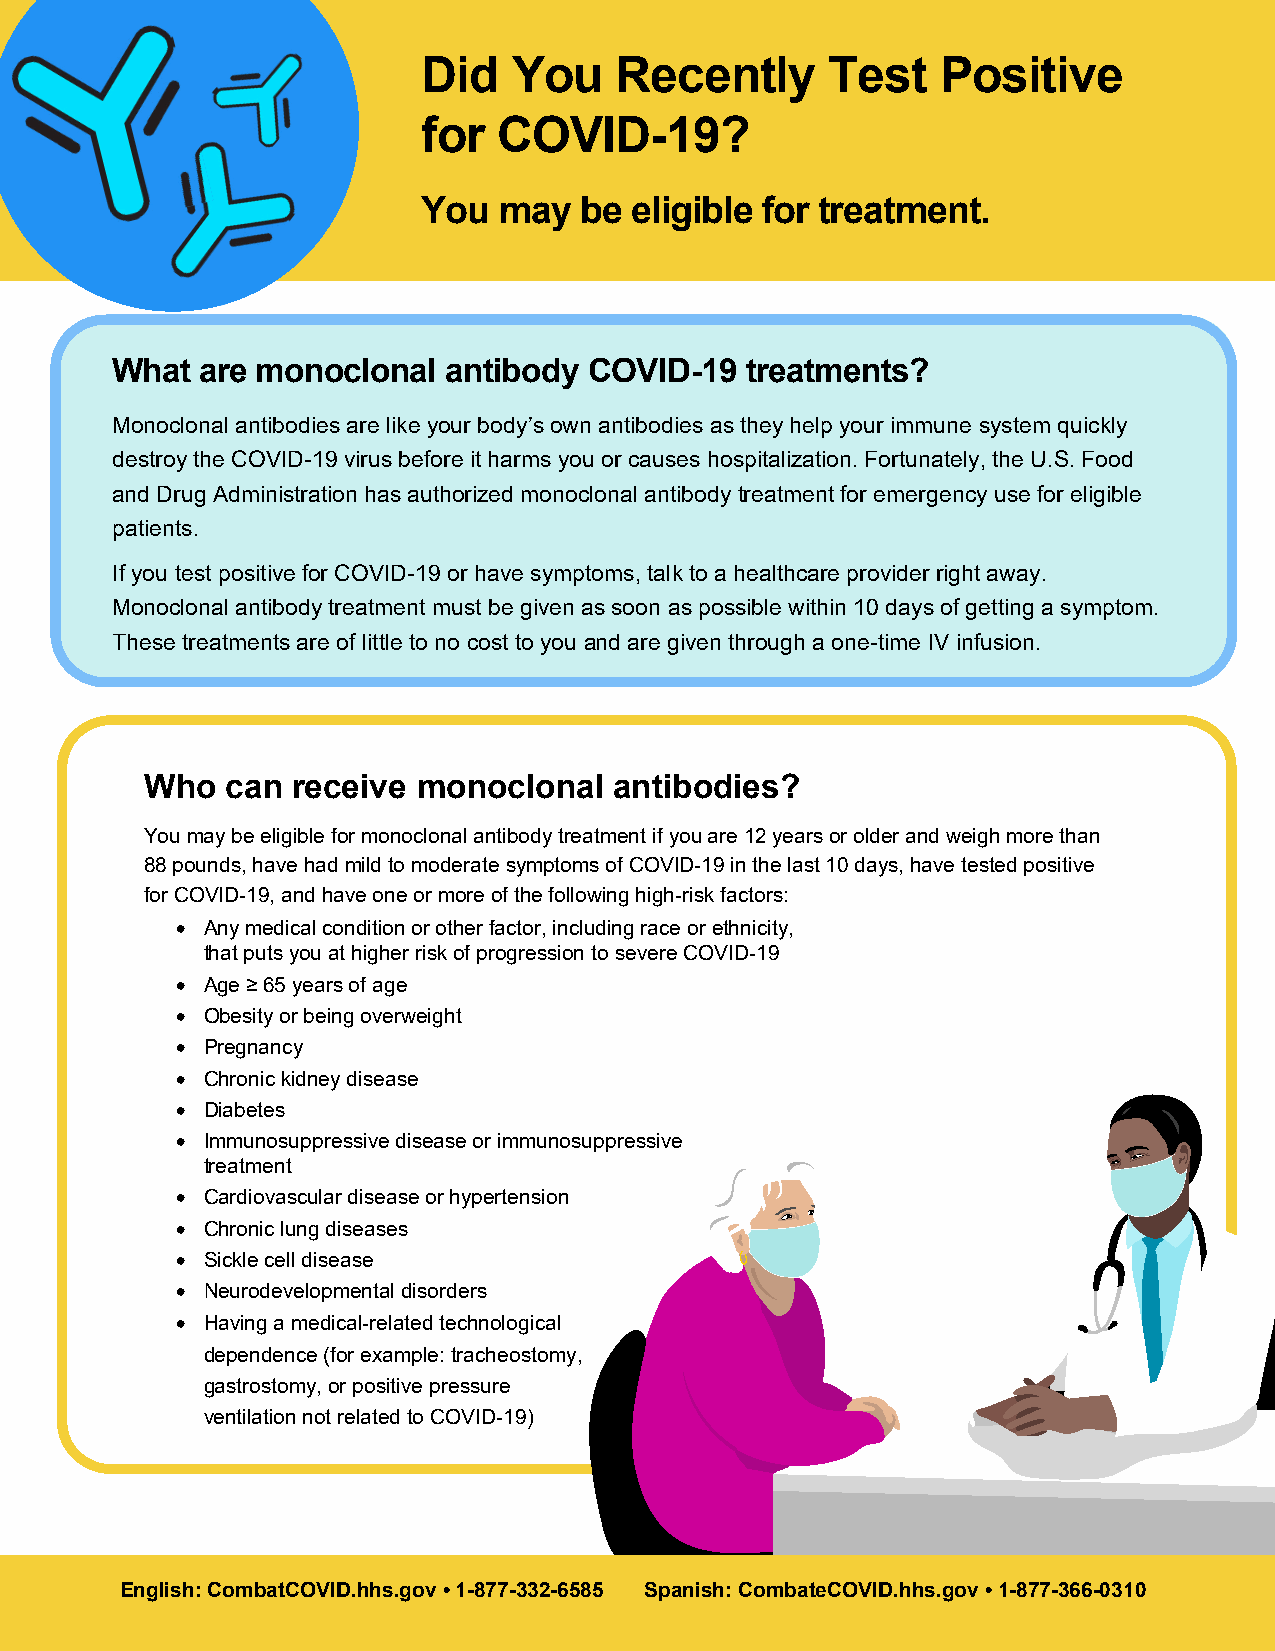
Did   You    Recently      Test   Positive
 for  COVID-19?
 You  may  be  eligible for treatment.
 What  are monoclonal   antibody COVID-19  treatments?
 Monoclonal antibodies are like your body’s own antibodies as they help your immune system quickly
 destroy the COVID-19 virus before it harms you or causes hospitalization. Fortunately, the U.S. Food
 and Drug Administration has authorized monoclonal antibody treatment for emergency use for eligible
 patients.
 If you test positive for COVID-19 or have symptoms, talk to a healthcare provider right away.
 Monoclonal antibody treatment must be given as soon as possible within 10 days of getting a symptom.
 These treatments are of little to no cost to you and are given through a one-time IV infusion.
 Who  can receive  monoclonal   antibodies?
 You may be eligible for monoclonal antibody treatment if you are 12 years or older and weigh more than
 88 pounds, have had mild to moderate symptoms of COVID-19 in the last 10 days, have tested positive
 for COVID-19, and have one or more of the following high-risk factors:
 • Any medical condition or other factor, including race or ethnicity,
 that puts you at higher risk of progression to severe COVID-19
 • Age ≥ 65 years of age
 • Obesity or being overweight
 • Pregnancy
 • Chronic kidney disease
 • Diabetes
 • Immunosuppressive disease or immunosuppressive
 treatment
 • Cardiovascular disease or hypertension
 • Chronic lung diseases
 • Sickle cell disease
 • Neurodevelopmental disorders
 • Having a medical-related technological
 dependence (for example: tracheostomy,
 gastrostomy, or positive pressure
 ventilation not related to COVID-19)
 English: CombatCOVID.hhs.gov • 1-877-332-6585 Spanish: CombateCOVID.hhs.gov • 1-877-366-0310